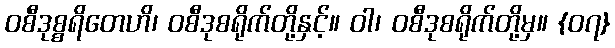
ဝစီဒုစ္စရိတေဟိ၊ ဝစီဒုစရိုက်တို့နှင့်။ ဝါ၊ ဝစီဒုစရိုက်တို့မှ။ {၀၇}